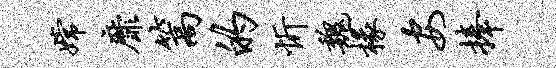
嫦靡篙的忻魏椽安捧